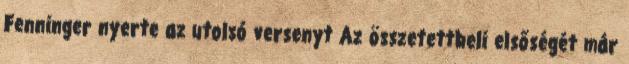
Fenninger nyerte az utolsó versenyt Az összetettbeli elsőségét már